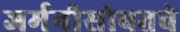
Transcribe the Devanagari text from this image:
जर्मनीसोबतचे